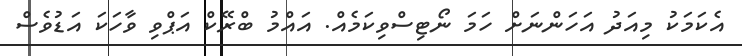
އެކަމަކު މިއަދު އަހަންނަށް ހަމަ ނޯޓިސްވިކަމެއް. އައްމު ބްރޭކް އަޕްވި ވާހަކަ އަޑުވެސް